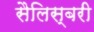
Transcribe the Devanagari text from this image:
सैलिस्बरी